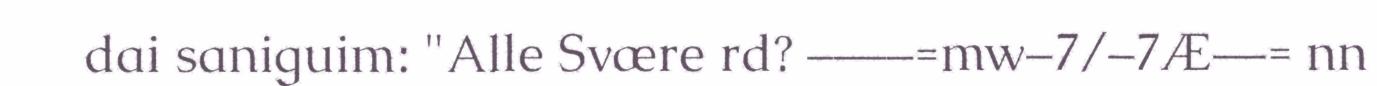
dai saniguim: "Alle Svære rd? ––––=mw–7/–7Æ––= nn